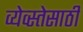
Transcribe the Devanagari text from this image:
व्येव्स्तेसाठी